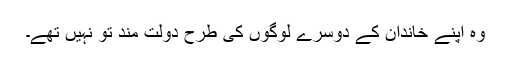
وہ اپنے خاندان کے دوسرے لوگوں کی طرح دولت مند تو نہیں تھے۔